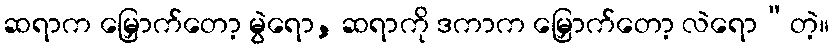
ဆရာက မြှောက်တော့ မွဲရော, ဆရာကို ဒကာက မြှောက်တော့ လဲရော”တဲ့။